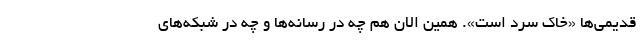
قدیمی‌ها «خاک سرد است». همین الان هم چه در رسانه‌ها و چه در شبکه‌های